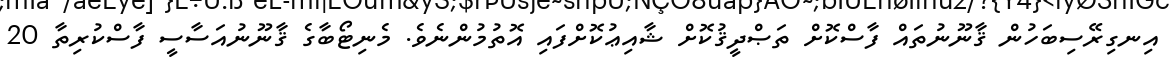
އިނގިރޭސިބަހުން ޤާނޫނުތައް ފާސްކޮށް ތަޞްދީޤުކޮށް ޝާއިޢުކޮށްފައި އޮތުމުންނެވެ. މެނިޓޯބާގެ ޤާނޫނުއަސާސީ ފާސްކުރިތާ 20